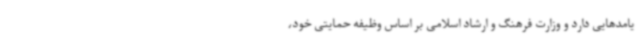
یامدهایی دارد و وزارت فرهنگ و ارشاد اسلامی بر اساس وظیفه حمایتی خود،